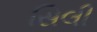
સિલી